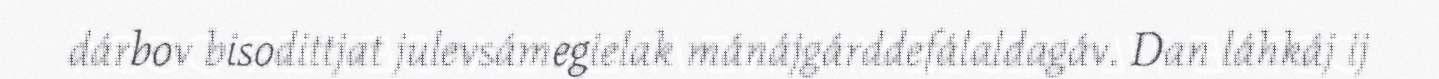
dárbov bisodittjat julevsámegielak mánájgárddefálaldagáv. Dan láhkáj ij